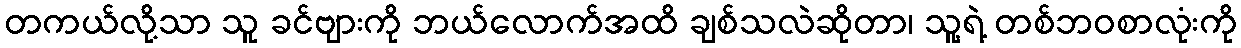
တကယ်လို့သာ သူ ခင်ဗျားကို ဘယ်လောက်အထိ ချစ်သလဲဆိုတာ၊ သူ့ရဲ့ တစ်ဘဝစာလုံးကို